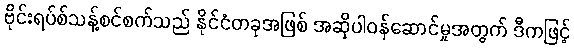
ဗိုင်းရပ်စ်သန့်စင်စက်သည် နိုင်ငံတခုအဖြစ် အဆိုပါဝန်ဆောင်မှုအတွက် ဒီကဖြင့်